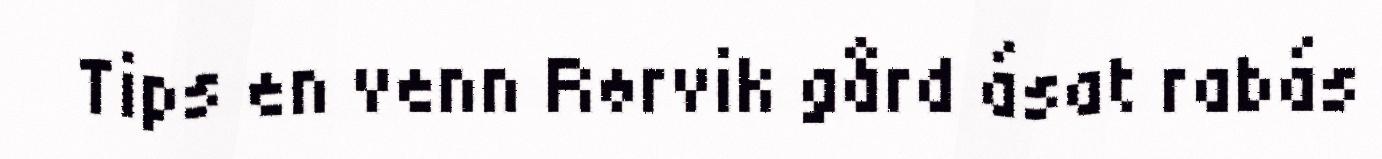
Tips en venn Rørvik gård ásat rabás